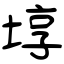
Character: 埻